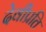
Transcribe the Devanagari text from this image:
देवीप्रति